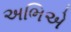
અભિએ